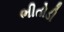
ભીતોડી